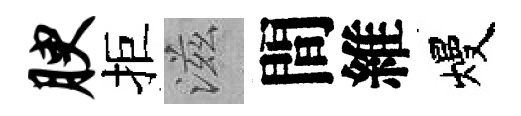
腴拒滋間維熳